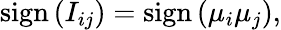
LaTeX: \mathrm{sign}\left(I_{ij}\right)=\mathrm{sign}\left({\mu}_{i}{\mu}_{j}\right),